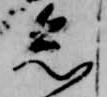
忩